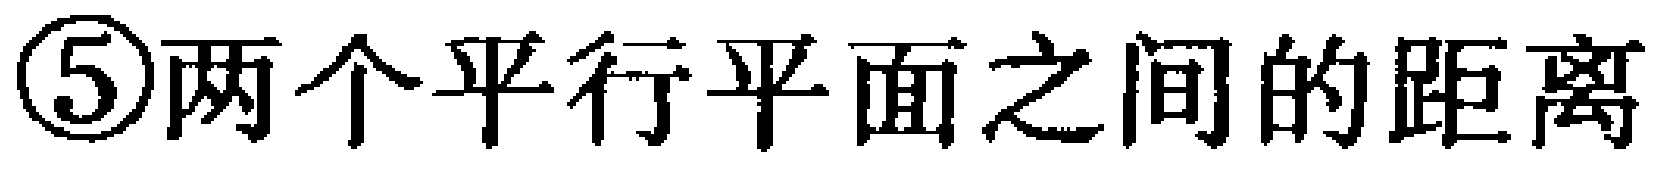
\textcircled{5}两个平行平面之间的距离